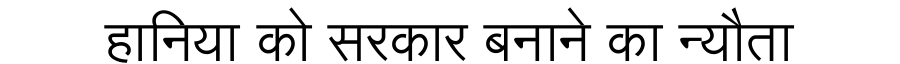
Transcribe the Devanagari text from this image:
हानिया को सरकार बनाने का न्यौता